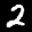
Label: 2